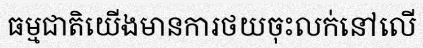
ធម្មជាតិយើងមានការថយចុះលក់នៅលើ